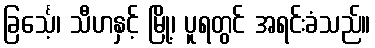
ခြင်္သေ့၊ သီဟနှင့် မြို့၊ ပူရတွင် အရင်းခံသည်။